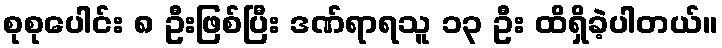
စုစုပေါင်း ၈ ဦးဖြစ်ပြီး ဒဏ်ရာရသူ ၁၃ ဦး ထိရှိခဲ့ပါတယ်။